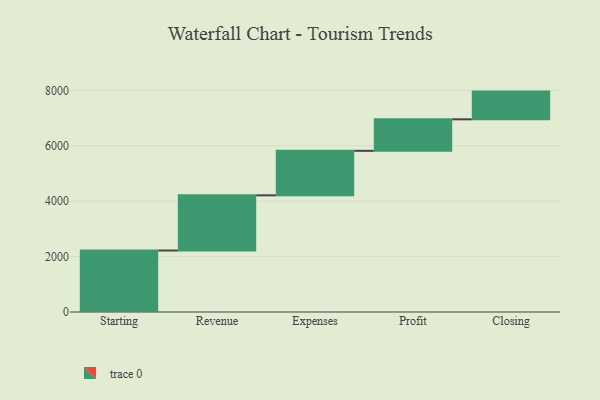
{"axis": {"x": "Step", "y": "Value"}, "legend": [""], "data": [{"x": "Starting", "y": 2219.0, "type": ""}, {"x": "Revenue", "y": 1991.0, "type": ""}, {"x": "Expenses", "y": 1606.0, "type": ""}, {"x": "Profit", "y": 1137.0, "type": ""}, {"x": "Closing", "y": 1000, "type": ""}]}